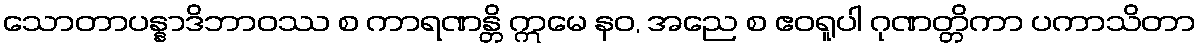
သောတာပန္နာဒိဘာဝဿ စ ကာရဏန္တိ ဣမေ နဝ, အညေ စ ဧဝရူပါ ဂုဏတ္တိကာ ပကာသိတာ